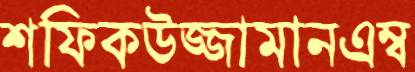
শফিকউজ্জামানএম্ব